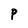
Character: P